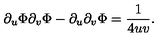
\partial _ { u } \Phi \partial _ { v } \Phi - \partial _ { u } \partial _ { v } \Phi = \frac { 1 } { 4 u v } .